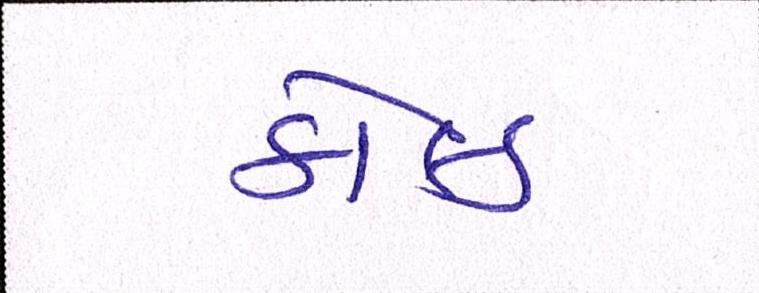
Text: કોલ્ડ